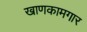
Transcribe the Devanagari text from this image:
खाणकामगार